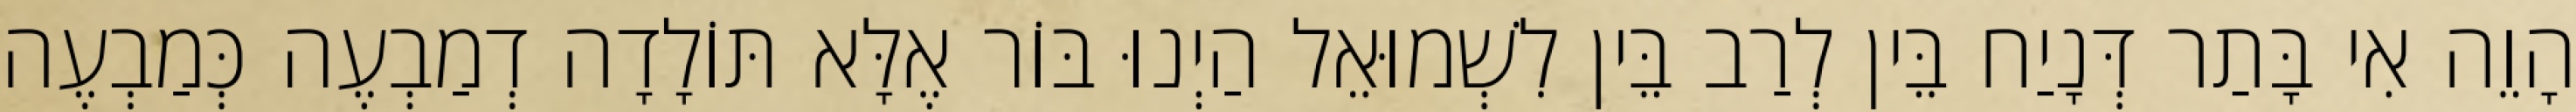
הָוֵה אִי בָּתַר דְּנָיַח בֵּין לְרַב בֵּין לִשְׁמוּאֵל הַיְנוּ בּוֹר אֶלָּא תּוֹלָדָה דְמַבְעֶה כְּמַבְעֶה